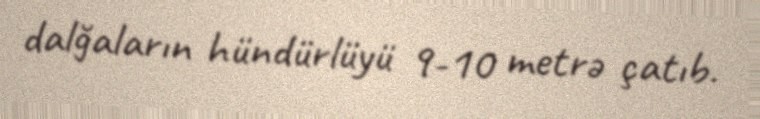
dalğaların hündürlüyü 9-10 metrə çatıb.